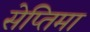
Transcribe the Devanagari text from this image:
सेप्तिमा